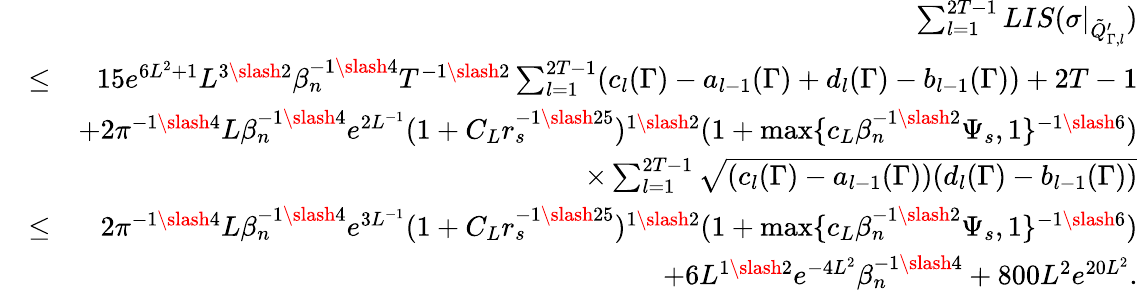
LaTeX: \begin{array}{rlr}&{}&{\sum_{l=1}^{2T-1}LIS(\sigma|_{\tilde{Q}_{\Gamma,l}^{\prime}})}\\ &{\leq}&{15e^{6L^{2}+1}L^{3\slash 2}\beta_{n}^{-1\slash 4}T^{-1\slash 2}\sum_{l=1}^{2T-1}(c_{l}(\Gamma)-a_{l-1}(\Gamma)+d_{l}(\Gamma)-b_{l-1}(\Gamma))+2T-1}\\ &{}&{+2\pi^{-1\slash 4}L\beta_{n}^{-1\slash 4}e^{2L^{-1}}(1+C_{L}r_{s}^{-1\slash 25})^{1\slash 2}(1+\operatorname*{max}\{ c_{L}\beta_{n}^{-1\slash 2}\Psi_{s},1\} ^{-1\slash 6})}\\ &{}&{\quad\times\sum_{l=1}^{2T-1}\sqrt{(c_{l}(\Gamma)-a_{l-1}(\Gamma))(d_{l}(\Gamma)-b_{l-1}(\Gamma))}}\\ &{\leq}&{2\pi^{-1\slash 4}L\beta_{n}^{-1\slash 4}e^{3L^{-1}}(1+C_{L}r_{s}^{-1\slash 25})^{1\slash 2}(1+\operatorname*{max}\{ c_{L}\beta_{n}^{-1\slash 2}\Psi_{s},1\} ^{-1\slash 6})}\\ &{}&{+6L^{1\slash 2}e^{-4L^{2}}\beta_{n}^{-1\slash 4}+800L^{2}e^{20L^{2}}.}\end{array}